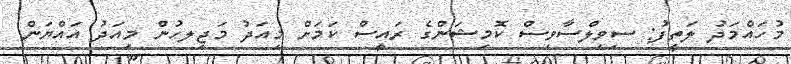
މުހައްމަދު ލަތީފު: ސިވިލްސާވިސް ކޮމިޝަންގެ ރައީސް ކަމަށް މިއަދު މަޖިލހުން މިއަދު އައްޔަން